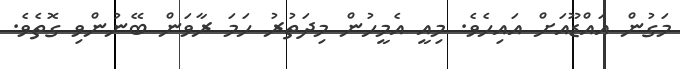
މަގުން އައްޑޫއަށް އައިހެވެ. މިއީ އެމީހުން މިދަތުރު ހަމަ ރާވަން ބޭނުންވި ގޮތެވެ.